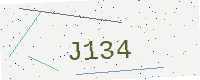
Text: J134